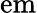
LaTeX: \mathrm{em}